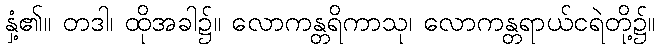
နှံ့၏။ တဒါ၊ ထိုအခါ၌။ လောကန္တရိကာသု၊ လောကန္တရာယ်ငရဲတို့၌။